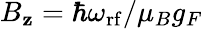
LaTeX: B_{\mathbf{z}}=\hbar\omega_{\mathrm{{rf}}}/\mu_{B}g_{F}